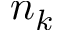
n _ { k }